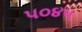
૫૦૪૫